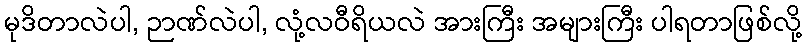
မုဒိတာလဲပါ, ဉာဏ်လဲပါ, လုံ့လဝီရိယလဲ အားကြီး အများကြီး ပါရတာဖြစ်လို့